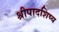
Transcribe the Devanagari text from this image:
श्रीपादशिष्य